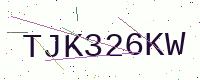
Text: TJK326KW